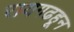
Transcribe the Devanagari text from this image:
रायगढहून